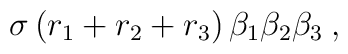
\sigma \, (r_1 + r_2 + r_3) \, {\beta}_1 {\beta}_2 {\beta}_3 \> ,